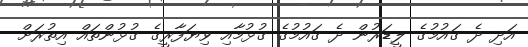
އަދި ދެ ގައުމުގެ ލީޑަރުން ދެ ގައުމުގެ ގުޅުމާއި ވިޔަފާރީގެ ގުޅުންތައް އިތުރަށް